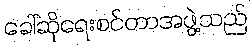
ခေါ်ဆိုရေးစင်တာအဖွဲ့သည်